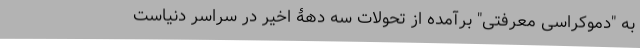
به "دموکراسی معرفتی" برآمده از تحولات سه دهۀ اخیر در سراسر دنیاست